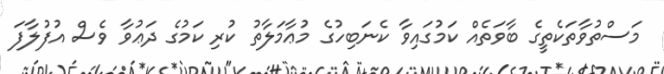
މަސްތުވާތަކެތީގެ ބާވަތެއް ކަމުގައިވާ ކެނަބިހުގެ މުޢާމަލާތު ކުރި ކަމުގެ ދަޢުވާ ވެސް އުފުލާފަ